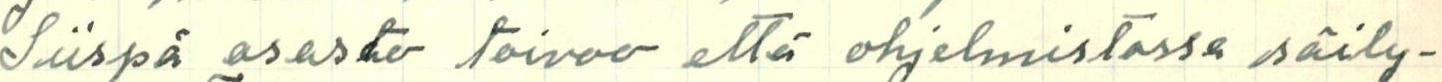
Siispä osasto toivoo että ohjelmistossa säily-